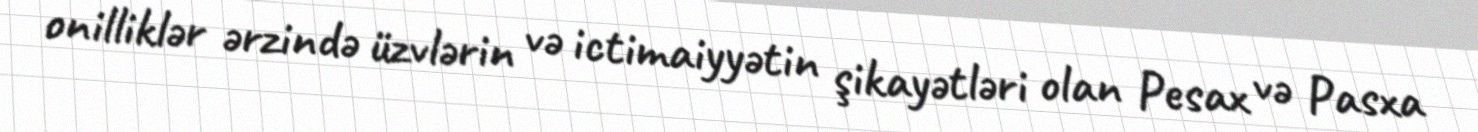
onilliklər ərzində üzvlərin və ictimaiyyətin şikayətləri olan Pesax və Pasxa